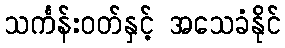
သင်္ကန်းဝတ်နှင့် အသေခံနိုင်